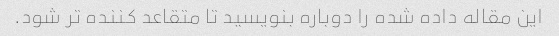
این مقاله داده شده را دوباره بنویسید تا متقاعد کننده تر شود.